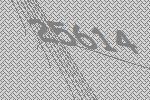
25614